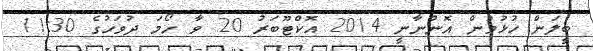
ބީލަން ހުޅުވުން އޮންނާނީ 2014 އޮކްޓޫބަރު 20 ވާ ހޯމަ ދުވަހުގެ 11:30